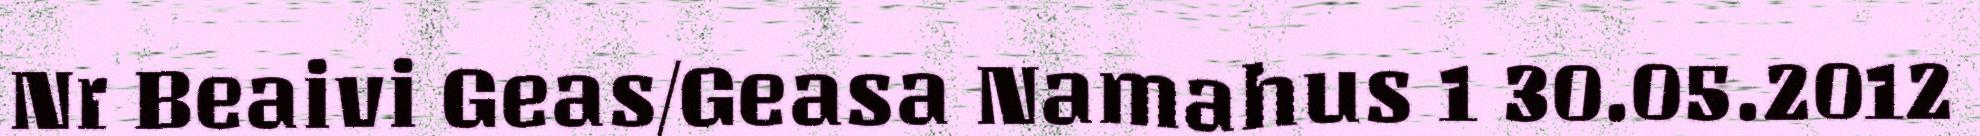
Nr Beaivi Geas/Geasa Namahus 1 30.05.2012